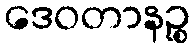
ဒေဝတာနဉ္စ